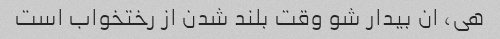
هی، ان بیدار شو وقت بلند شدن از رختخواب است